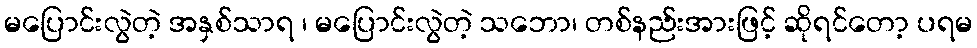
မပြောင်းလွဲတဲ့ အနှစ်သာရ ၊ မပြောင်းလွဲတဲ့ သဘော၊ တစ်နည်းအားဖြင့် ဆိုရင်တော့ ပရမ